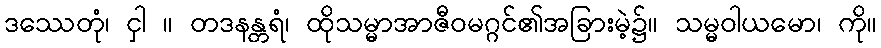
ဒဿေတုံ၊ ငှါ ။ တဒနန္တရံ၊ ထိုသမ္မာအာဇီဝမဂ္ဂင်၏အခြားမဲ့၌။ သမ္မဝါယမော၊ ကို။